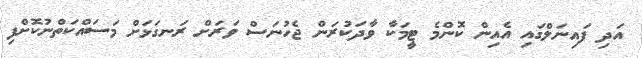
އަދި ފައިނަލްގައި އެއިން ކޮންމެ ޓީމަކާ ވާދަކުރަން ޖެހުނަސް ވަރަށް ރަނގަޅަށް މަސައްކަތްނުކޮށްފި